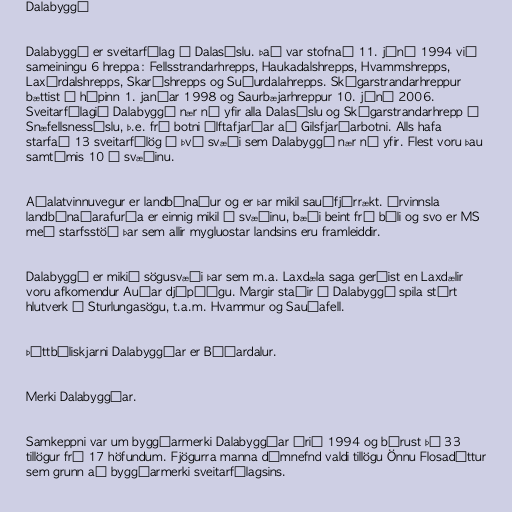
Dalabyggð

Dalabyggð er sveitarfélag í Dalasýslu. Það var stofnað 11. júní 1994 við
sameiningu 6 hreppa: Fellsstrandarhrepps, Haukadalshrepps, Hvammshrepps,
Laxárdalshrepps, Skarðshrepps og Suðurdalahrepps. Skógarstrandarhreppur
bættist í hópinn 1. janúar 1998 og Saurbæjarhreppur 10. júní 2006.
Sveitarfélagið Dalabyggð nær nú yfir alla Dalasýslu og Skógarstrandarhrepp í
Snæfellsnessýslu, þ.e. frá botni Álftafjarðar að Gilsfjarðarbotni. Alls hafa
starfað 13 sveitarfélög á því svæði sem Dalabyggð nær nú yfir. Flest voru þau
samtímis 10 á svæðinu.

Aðalatvinnuvegur er landbúnaður og er þar mikil sauðfjárrækt. Úrvinnsla
landbúnaðarafurða er einnig mikil á svæðinu, bæði beint frá býli og svo er MS
með starfsstöð þar sem allir mygluostar landsins eru framleiddir.

Dalabyggð er mikið sögusvæði þar sem m.a. Laxdæla saga gerðist en Laxdælir
voru afkomendur Auðar djúpúðgu. Margir staðir í Dalabyggð spila stórt
hlutverk í Sturlungasögu, t.a.m. Hvammur og Sauðafell.

Þéttbýliskjarni Dalabyggðar er Búðardalur.

Merki Dalabyggðar.

Samkeppni var um byggðarmerki Dalabyggðar árið 1994 og bárust þá 33
tillögur frá 17 höfundum. Fjögurra manna dómnefnd valdi tillögu Önnu Flosadóttur
sem grunn að byggðarmerki sveitarfélagsins.